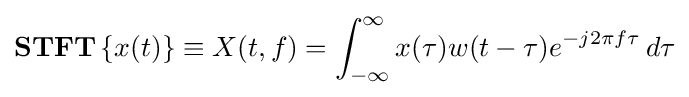
\mathbf {STFT} \left\{x(t)\right\}\equiv X(t,f)=\int _{-\infty }^{\infty }x(\tau )w(t-\tau )e^{-j2\pi f\tau }\,d\tau